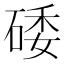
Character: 𥓔